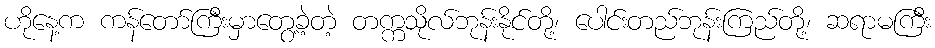
ဟိုနေ့က ကန်တော်ကြီးမှာတွေ့ခဲ့တဲ့ တက္ကသိုလ်ဘုန်းနိုင်တို့၊ ပေါင်းတည်ဘုန်းကြည်တို့၊ ဆရာမကြီး